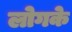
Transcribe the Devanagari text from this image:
लोगके